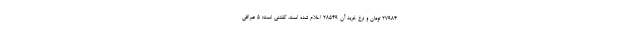
27984 تومان و نرخ خرید آن 28549 اعلام شده است. گفتنی است؛ ۵ صرافی